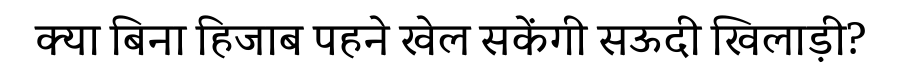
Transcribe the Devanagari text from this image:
क्या बिना हिजाब पहने खेल सकेंगी सऊदी खिलाड़ी?